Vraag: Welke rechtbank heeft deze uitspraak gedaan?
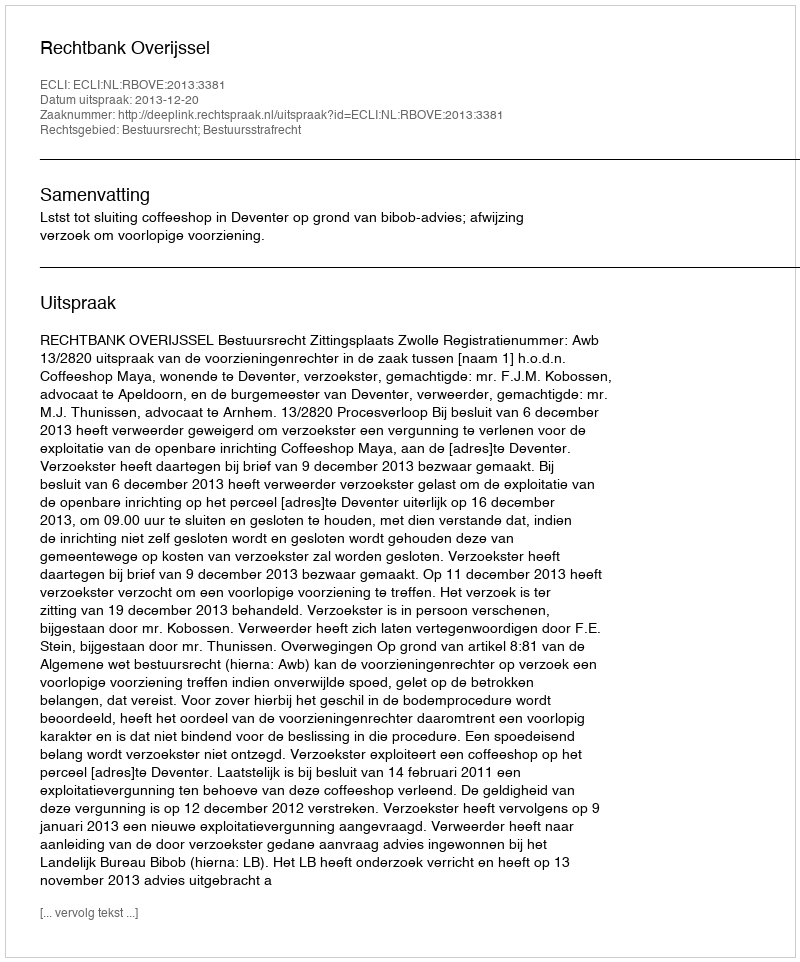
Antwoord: Rechtbank Overijssel